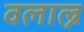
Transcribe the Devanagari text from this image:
वलाल्न